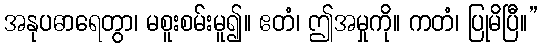
အနုပဓာရေတွာ၊ မစူးစမ်းမူ၍။ ဧတံ၊ ဤအမှုကို။ ကတံ၊ ပြုမိပြီ။”